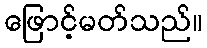
ဖြောင့်မတ်သည်။